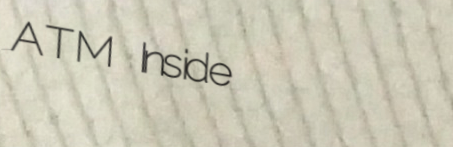
ATM Inside